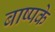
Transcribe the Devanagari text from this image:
बाष्पके